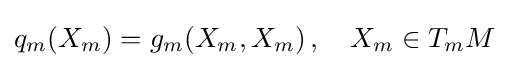
q_{m}(X_{m})=g_{m}(X_{m},X_{m})\,,\quad X_{m}\in T_{m}M